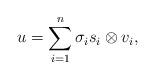
LaTeX: \begin{align*}u = \sum_{i =1}^n \sigma_i s_i \otimes v_i, \end{align*}